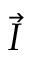
\vec { I }